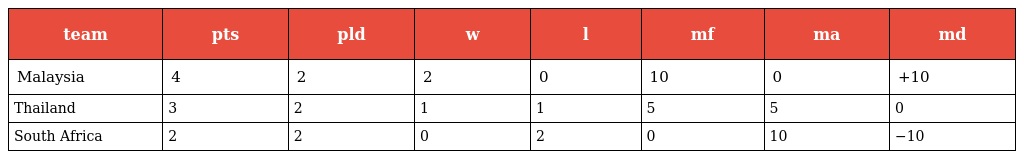
| team | pts | pld | w | l | mf | ma | md |
 | --- | --- | --- | --- | --- | --- | --- | --- |
 | Malaysia | 4 | 2 | 2 | 0 | 10 | 0 | +10 |
 | Thailand | 3 | 2 | 1 | 1 | 5 | 5 | 0 |
 | South Africa | 2 | 2 | 0 | 2 | 0 | 10 | −10 |